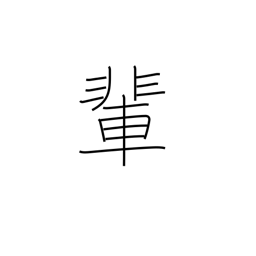
Meaning: companions